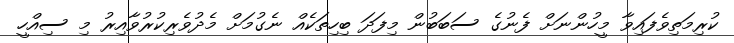
ކުރިމަތިވެފައިވާ މީހުންނަށް ފެނުގެ ސަބަބުން މިފަދަ ބިހިތަކެއް ނެގުމަށް މެދުވެރިކުރުވާއިރު މި ސިއްހީ